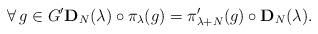
LaTeX: \begin{gather*}\forall\, g\in G'{\mathbf D}_N(\lambda) \circ \pi_\lambda(g) = \pi'_{\lambda+N}(g)\circ {\mathbf D}_N(\lambda).\end{gather*}